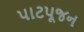
પાટપૂજન